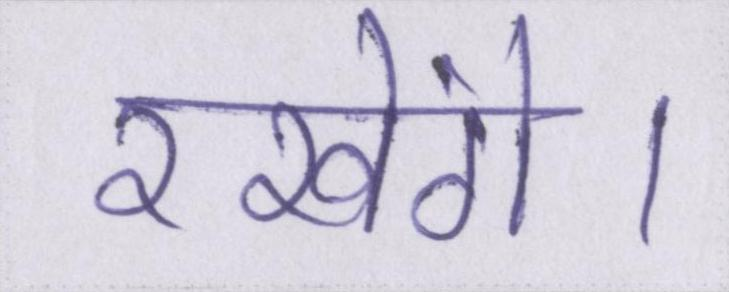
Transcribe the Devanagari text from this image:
रखेंगे।